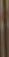
.